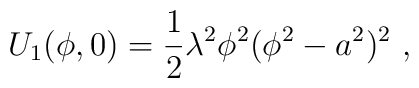
U_{1}(\phi,0)=\frac{1}{2}\lambda^2\phi^2(\phi^2-a^2)^2 ~,